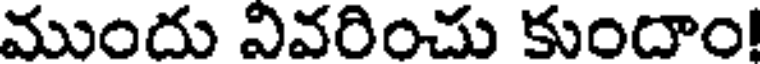
ముందు వివరించు కుందాం!